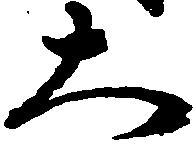
大